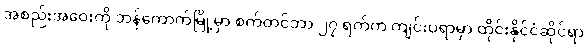
အစည်းအဝေးကို ဘန်ကောက်မြို့မှာ စက်တင်ဘာ ၂၇ ရက်က ကျင်းပရာမှာ ထိုင်းနိုင်ငံဆိုင်ရာ